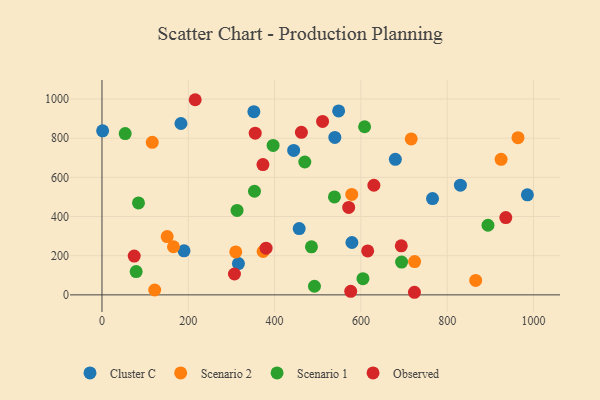
{"axis": {"x": "Investment", "y": "Exam Score"}, "legend": ["Cluster C", "Observed", "Scenario 1", "Scenario 2"], "data": [{"x": "183.0", "y": 875.2, "type": "Cluster C"}, {"x": "352.0", "y": 935.5, "type": "Cluster C"}, {"x": "1.5", "y": 837.6, "type": "Cluster C"}, {"x": "548.4", "y": 939.3, "type": "Cluster C"}, {"x": "985.8", "y": 510.8, "type": "Cluster C"}, {"x": "316.2", "y": 160.0, "type": "Cluster C"}, {"x": "579.2", "y": 267.5, "type": "Cluster C"}, {"x": "679.8", "y": 692.2, "type": "Cluster C"}, {"x": "444.2", "y": 737.4, "type": "Cluster C"}, {"x": "766.0", "y": 491.9, "type": "Cluster C"}, {"x": "190.1", "y": 225.0, "type": "Cluster C"}, {"x": "457.0", "y": 338.7, "type": "Cluster C"}, {"x": "539.6", "y": 804.0, "type": "Cluster C"}, {"x": "830.6", "y": 560.3, "type": "Cluster C"}, {"x": "724.5", "y": 170.0, "type": "Scenario 2"}, {"x": "165.7", "y": 245.6, "type": "Scenario 2"}, {"x": "151.1", "y": 297.7, "type": "Scenario 2"}, {"x": "924.9", "y": 692.2, "type": "Scenario 2"}, {"x": "116.5", "y": 779.2, "type": "Scenario 2"}, {"x": "578.8", "y": 512.8, "type": "Scenario 2"}, {"x": "716.6", "y": 796.2, "type": "Scenario 2"}, {"x": "866.0", "y": 73.5, "type": "Scenario 2"}, {"x": "122.2", "y": 24.8, "type": "Scenario 2"}, {"x": "310.0", "y": 219.2, "type": "Scenario 2"}, {"x": "964.0", "y": 802.6, "type": "Scenario 2"}, {"x": "373.4", "y": 221.5, "type": "Scenario 2"}, {"x": "470.0", "y": 678.5, "type": "Scenario 1"}, {"x": "608.6", "y": 858.6, "type": "Scenario 1"}, {"x": "485.4", "y": 245.2, "type": "Scenario 1"}, {"x": "894.5", "y": 355.6, "type": "Scenario 1"}, {"x": "313.0", "y": 431.2, "type": "Scenario 1"}, {"x": "84.6", "y": 469.4, "type": "Scenario 1"}, {"x": "353.4", "y": 529.1, "type": "Scenario 1"}, {"x": "604.8", "y": 82.4, "type": "Scenario 1"}, {"x": "492.4", "y": 43.9, "type": "Scenario 1"}, {"x": "694.3", "y": 167.3, "type": "Scenario 1"}, {"x": "53.8", "y": 823.4, "type": "Scenario 1"}, {"x": "538.7", "y": 500.2, "type": "Scenario 1"}, {"x": "396.6", "y": 763.1, "type": "Scenario 1"}, {"x": "79.2", "y": 118.7, "type": "Scenario 1"}, {"x": "373.0", "y": 665.5, "type": "Observed"}, {"x": "511.2", "y": 885.9, "type": "Observed"}, {"x": "693.6", "y": 250.3, "type": "Observed"}, {"x": "615.7", "y": 224.2, "type": "Observed"}, {"x": "380.3", "y": 238.2, "type": "Observed"}, {"x": "935.8", "y": 394.6, "type": "Observed"}, {"x": "216.0", "y": 996.5, "type": "Observed"}, {"x": "571.7", "y": 446.6, "type": "Observed"}, {"x": "355.1", "y": 825.8, "type": "Observed"}, {"x": "74.7", "y": 197.9, "type": "Observed"}, {"x": "724.1", "y": 13.2, "type": "Observed"}, {"x": "630.1", "y": 559.8, "type": "Observed"}, {"x": "462.1", "y": 830.1, "type": "Observed"}, {"x": "307.0", "y": 106.4, "type": "Observed"}, {"x": "576.4", "y": 18.0, "type": "Observed"}]}